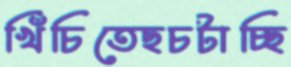
খিঁচিতেছচটাচ্ছি